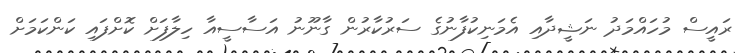
ރައީސް މުހައްމަދު ނަޝީދާއި އެމަނިކުފާނުގެ ސަރުކާރުން ގާނޫނު އަސާސީއާ ހިލާފަށް ކޮށްފައި ކަންކަމަށް